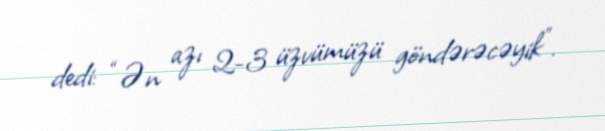
dedi: “Ən azı 2-3 üzvümüzü göndərəcəyik”.